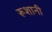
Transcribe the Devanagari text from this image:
रूशानी